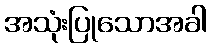
အသုံးပြုသောအခါ